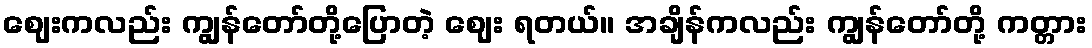
ဈေးကလည်း ကျွန်တော်တို့ပြောတဲ့ ဈေး ရတယ်။ အချိန်ကလည်း ကျွန်တော်တို့ ကတ္တား